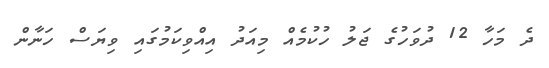
ދެ މަހާ 12 ދުވަހުގެ ޖަލު ހުކުމެއް މިއަދު އިއްވިކަމުގައި ވިޔަސް ހަނާން